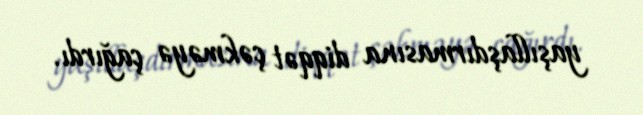
yaşıllaşdırmasına diqqət çəkməyə çağırdı.